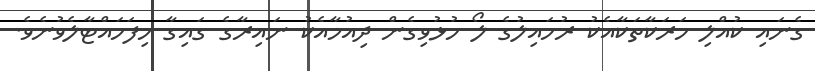
ގެނައި ކުއްލި ހަރަކާތަކާއެކު ރުހައިލުގެ ލޯ ހުޅުވިގެން ދިއުމާއެކު ނައިރާގެ ގައިގާ ހިފަހައްޓާލެވުނެވެ.